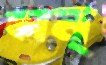
কান্